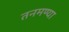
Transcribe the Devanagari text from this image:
तनमण्या